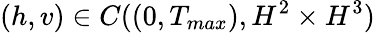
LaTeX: (h,v)\in C((0,T_{max}),H^{2}\times H^{3})